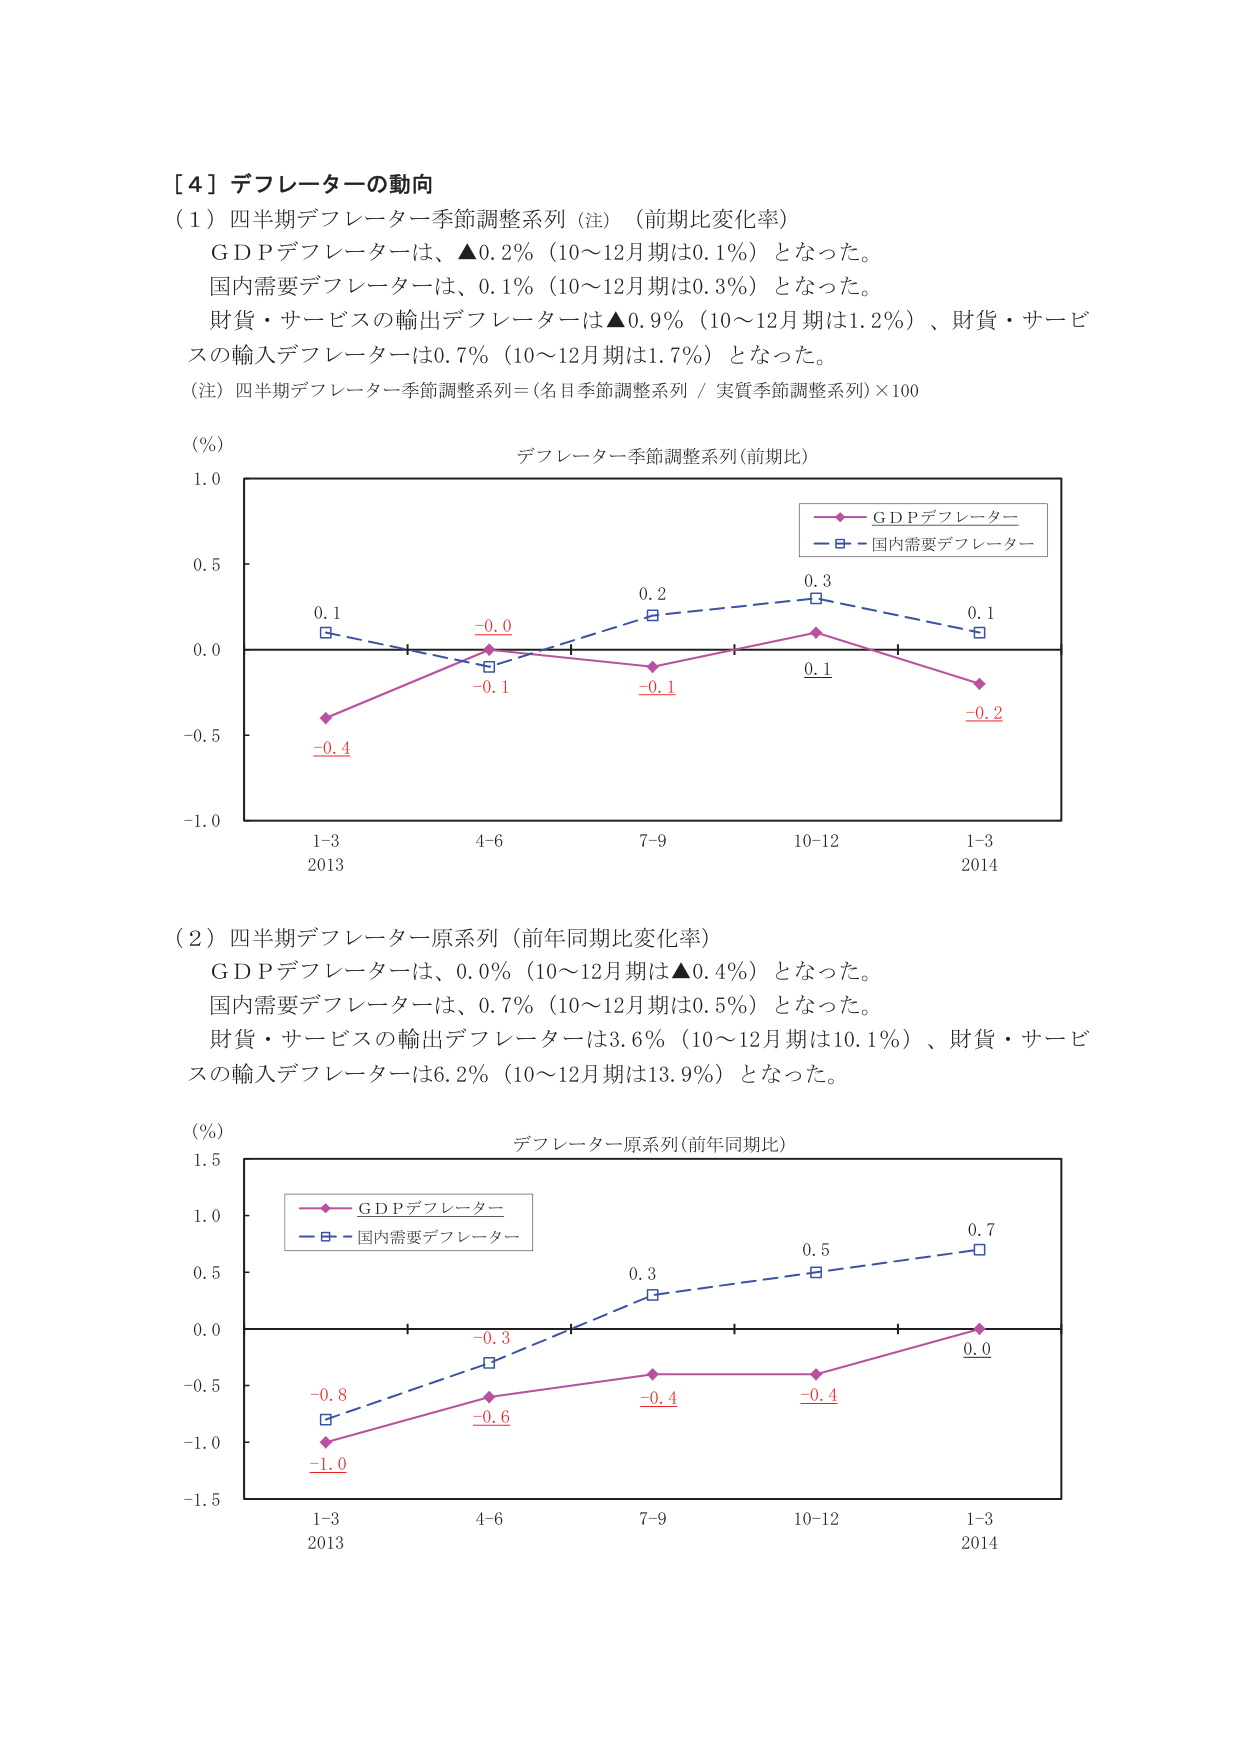
［４］デフレーターの動向
（１）四半期デフレーター季節調整系列（注）（前期比変化率）
　ＧＤＰデフレーターは、▲0.2％（10～12月期は0.1％）となった。
　国内需要デフレーターは、0.1％（10～12月期は0.3％）となった。
　財貨・サービスの輸出デフレーターは▲0.9％（10～12月期は1.2％）、財貨・サービスの輸入デフレーターは0.7％（10～12月期は1.7％）となった。
（注）四半期デフレーター季節調整系列＝（名目季節調整系列／実質季節調整系列）×100

（％）
デフレーター季節調整系列（前期比）
　　ＧＤＰデフレーター
　　国内需要デフレーター
　　0.1　　－0.0　　0.2　　0.3　　0.1
　　－0.4　　－0.1　　－0.1　　0.1　　－0.2
　　1-3　　4-6　　7-9　　10-12　　1-3
　　2013　　　　　　　　　　　　2014

（２）四半期デフレーター原系列（前年同期比変化率）
　ＧＤＰデフレーターは、0.0％（10～12月期は▲0.4％）となった。
　国内需要デフレーターは、0.7％（10～12月期は0.5％）となった。
　財貨・サービスの輸出デフレーターは3.6％（10～12月期は10.1％）、財貨・サービスの輸入デフレーターは6.2％（10～12月期は13.9％）となった。

（％）
デフレーター原系列（前年同期比）
　　ＧＤＰデフレーター
　　国内需要デフレーター
　　－0.8　　－0.3　　0.3　　0.5　　0.7
　　－1.0　　－0.6　　－0.4　　－0.4　　0.0
　　1-3　　4-6　　7-9　　10-12　　1-3
　　2013　　　　　　　　　　　　2014